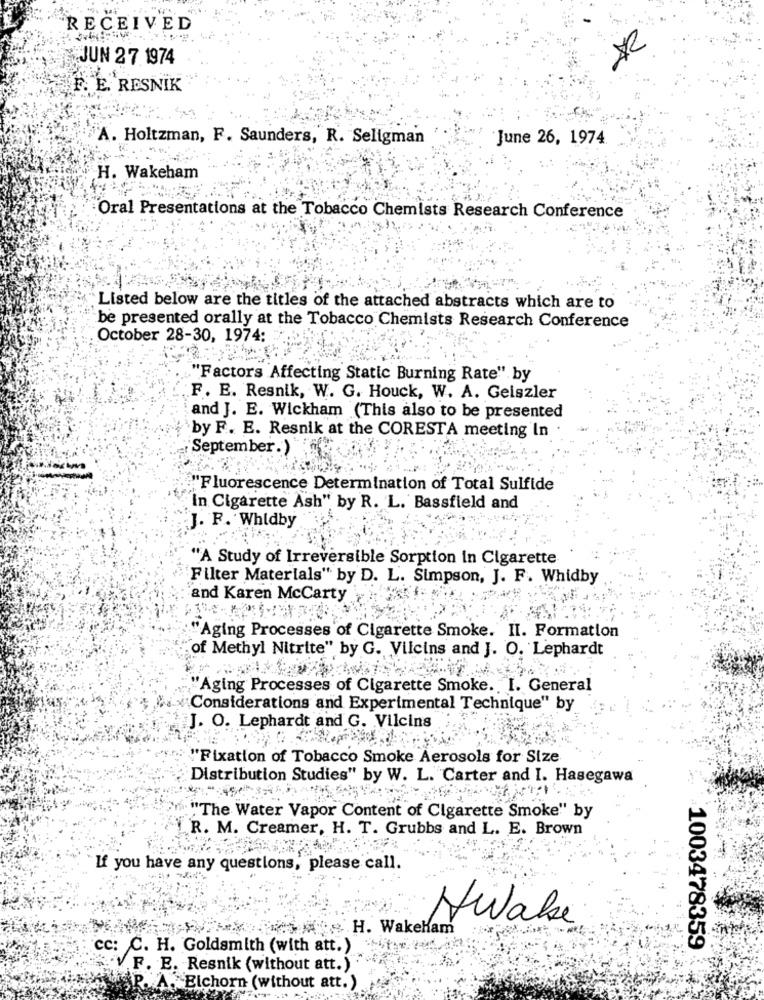
RECEIVED
ZA.
JUN 27 1974
F. E. RESNIK
A. Holtzman, F. Saunders, R. Seligman
June 26, 1974
H. Wakeham
Oral Presentations at the Tobacco Chemists Research Conference
Listed below are the titles of the attached abstracts which are to
be presented orally at the Tobacco Chemists Research Conference
October 28-30, 1974:
"Factors Affecting Static Burning Rate" by
F. E. Resnik, W. G. Houck, W. A. Geiszler
and J. E. Wickham (This also to be presented
by F. E. Resnik at the CORESTA meeting In
"September.)
"Fluorescence Determination of Total Sulfide
In Cigarette Ash" by R. L. Bassfield and
J. F. Whidby
"A Study of Irreversible Sorption in Cigarette
Filter Materials" by D. L. Simpson, J. F. Whidby
and Karen McCarty
"Aging Processes of Cigarette Smoke. II. Formation
of Methyl Nitrite" by G. Vilcins and J. O. Lephardt
"Aging Processes of Cigarette Smoke. I. General
Considerations and Experimental Technique" by
J. O. Lephardt and G. Vilcins
"Fixation of Tobacco Smoke Aerosols for Size
Distribution Studies" by W. L. Carter and I. Hasegawa
"The Water Vapor Content of Cigarette Smoke" by
R. M. Creamer, H. T. Grubbs and L. E. Brown
If you have any questions, please call.
wake
H. Wakekam
1003478359
cc: C. H. Goldsmith (with att.)
F. E. Resnik (without att.)
Elchorn (without att.)